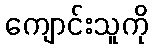
ကျောင်းသူကို